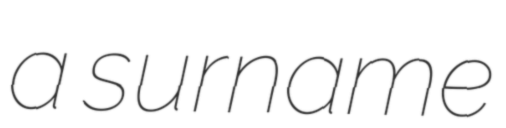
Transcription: a surname